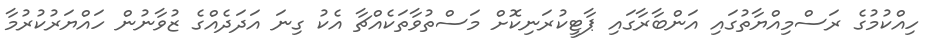
ހިއްކުމުގެ ރަސްމިއްޔާތުގައި އަންބާރާގައި ޕާޓީކުރަނިކޮށް މަސްތުވާތަކެއްޗާ އެކު ގިނަ އަދަދެއްގެ ޒުވާނުން ހައްޔަރުކުރުމާ